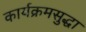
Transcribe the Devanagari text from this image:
कार्यक्रमसुद्धा